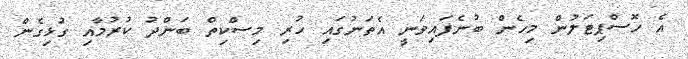
އެ ހޮސްޕިޓަލުން މިހެން ބުނެފައިވަނީ އެތަނުގައި ހުރި މިސްކިތް ބަންދު ކުރުމާއި ގުޅިގެން